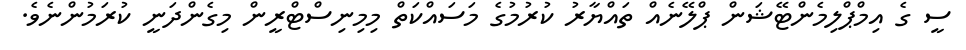
ސީ ގެ އިމްޕްލިމެންޓޭޝަން ޕްލޭނެއް ތައްޔާރު ކުރުމުގެ މަސައްކަތް މިމިނިސްޓްރީން މިގެންދަނީ ކުރަމުންނެވެ.